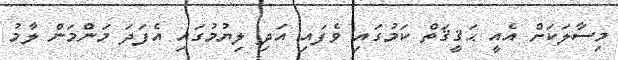
މިސާލަކަށް އެއީ ޙަޤީޤަތް ކަމުގައި ވެފައި އަދި ލިޔުމުގައި އެފަދަ މަންމަން ލާމު